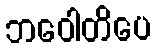
ဘဝေါတိပေ